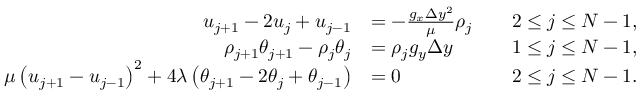
\begin{array} { r l r } { u _ { j + 1 } - 2 u _ { j } + u _ { j - 1 } } & { = - \frac { g _ { x } \Delta y ^ { 2 } } { \mu } \rho _ { j } \quad } & { 2 \leq j \leq N - 1 , } \\ { \rho _ { j + 1 } \theta _ { j + 1 } - \rho _ { j } \theta _ { j } } & { = \rho _ { j } g _ { y } \Delta y \quad } & { 1 \leq j \leq N - 1 , } \\ { \mu \left( u _ { j + 1 } - u _ { j - 1 } \right) ^ { 2 } + 4 \lambda \left( \theta _ { j + 1 } - 2 \theta _ { j } + \theta _ { j - 1 } \right) } & { = 0 \quad } & { 2 \leq j \leq N - 1 . } \end{array}